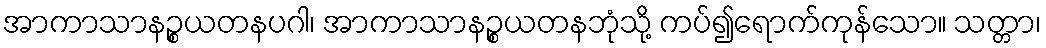
အာကာသာနဉ္စယတနပဂါ၊ အာကာသာနဉ္စယတနဘုံသို့ ကပ်၍ရောက်ကုန်သော။ သတ္တာ၊